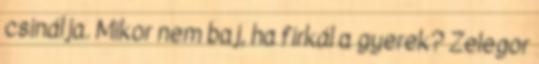
csinálja. Mikor nem baj, ha firkál a gyerek? Zelegor